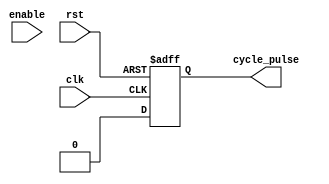
/*=============================================================================
# FileName    :	generate_send_enable.v
# Author      :	author
# Email       :	email@email.com
# Description :	niosenable3.33usaltgx
# Version     :	1.0
# LastChange  :	2018-05-28 16:33:33
# ChangeLog   :	
=============================================================================*/
`timescale  1 ns/1 ps

module generate_pulse
(
    input   wire                clk,
    input   wire                rst,
    input   wire                enable,

    output  reg                 cycle_pulse
);

// 3.333us / 8ns = 416.625
localparam              CYCLE_CNT = 416;

reg     [07:00]             cnt;

always @ (posedge clk or negedge rst)
begin
    if(~rst)
        cnt <= 0;
    else if(enable)
    begin
        if(cnt >= CYCLE_CNT)
            cnt <= 0;
        else
            cnt <= cnt + 1'b1;
    end
    else
        cnt <= 0;
end

always @ (posedge clk or negedge rst)
begin
    if(~rst)
        cycle_pulse <= 0;
    else if(cnt == CYCLE_CNT)
        cycle_pulse <= 1;
    else
        cycle_pulse <= 0;
end

endmodule